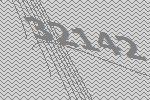
32142